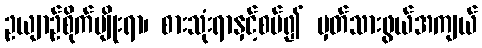
ဥယျာဉ်စိုက်ပျိုးရာ၊ စားသုံးရာနှင့်စပ်၍ မှတ်သားဖွယ်အကျယ်